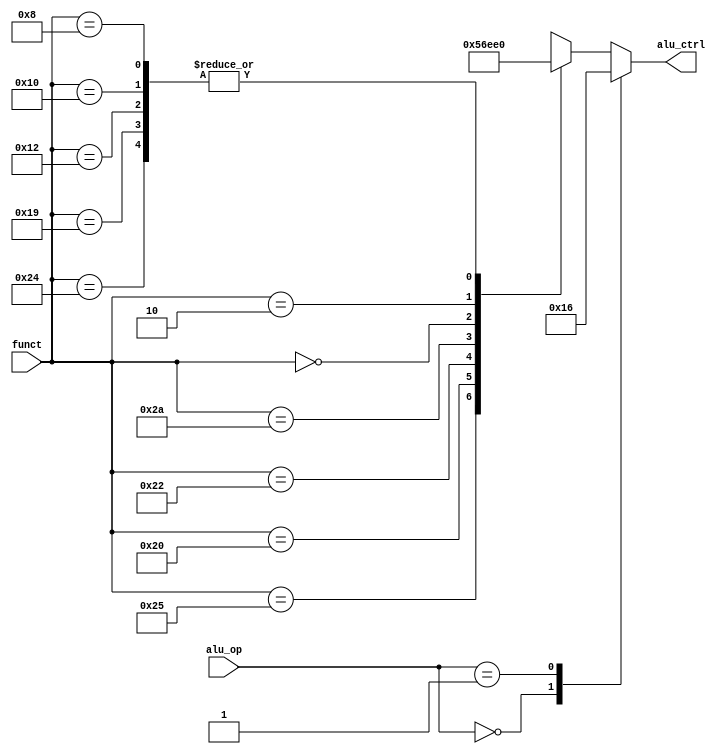
module auxdec (
        input  wire [1:0] alu_op,
        input  wire [5:0] funct,
        output wire [2:0] alu_ctrl
    );

    reg [2:0] ctrl;

    assign {alu_ctrl} = ctrl;

    always @ (alu_op, funct) begin
        case (alu_op)
            2'b00: ctrl = 3'b010;          // ADD
            2'b01: ctrl = 3'b110;          // SUB
            default: case (funct)           //for R-type
                6'b10_0100: ctrl = 3'b000; // AND
                6'b10_0101: ctrl = 3'b001; // OR
                6'b10_0000: ctrl = 3'b010; // ADD
                6'b10_0010: ctrl = 3'b110; // SUB
                6'b10_1010: ctrl = 3'b111; // SLT
                //for additional cu
                6'b00_0000: ctrl = 3'b011; // sll
                6'b00_0010: ctrl = 3'b100; // srl
                6'b01_1001: ctrl = 3'b000; // multu
                6'b01_0010: ctrl = 3'b000; // mflo
                6'b01_0000: ctrl = 3'b000; // mfhi
                6'b00_1000: ctrl = 3'b000; // jr
                default:    ctrl = 3'bxxx;
            endcase
        endcase
    end

endmodule